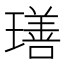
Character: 𤩕